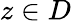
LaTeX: z\in D